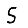
Digit: 5